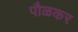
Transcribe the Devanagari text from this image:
पौळकर